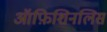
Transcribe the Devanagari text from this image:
ऑफ़िशिनलिस